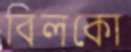
বিলকো